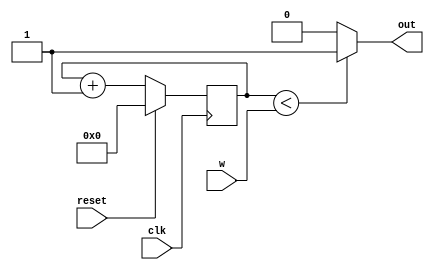
`timescale 1ns / 1ps
//////////////////////////////////////////////////////////////////////////////////
// Company: 
// Engineer: 
// 
// Design Name: 
// Module Name:    pwm_led_dimmer 
// Project Name: 
// Target Devices: 
// Tool versions: 
// Description: 
//
// Dependencies: 
//
// Revision: 
// Revision 0.01 - File Created
// Additional Comments: 
//
//////////////////////////////////////////////////////////////////////////////////
module pwm_led_dimmer(
	input wire [3:0] w,
	input wire clk, reset,
	output wire out
    );
	 
	 reg [3:0] count;
	 wire [3:0] count_next;

	always @(posedge clk)
	begin
		if (reset)
			count <= 4'b0000;
		else
			count <= count_next;
	end

	assign count_next = count + 4'b0001;
	assign out = (count < w) ? 1'b1 : 1'b0;

endmodule